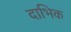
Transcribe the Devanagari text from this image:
दाभिक